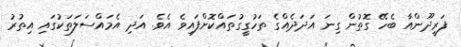
ފަރީދޫންއާ ބެހޭ ގޮތުން ގިނަ އަދަދެއްގެ ތަހުގީގުތައްކޮށްފައިވެ އެވެ. އަދި އެމައްސަލަތަކުގައި އިތުރު